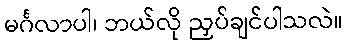
မင်္ဂလာပါ၊ ဘယ်လို ညှပ်ချင်ပါသလဲ။